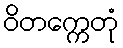
ဝိတက္ကေတုံ